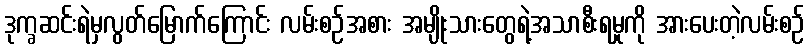
ဒုက္ခဆင်းရဲမှလွတ်မြောက်ကြောင်း လမ်းစဉ်အစား အမျိုးသားတွေရဲ့အသာစီးရမှုကို အားပေးတဲ့လမ်းစဉ်